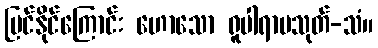
မြင်နိုင်ကြောင်း ဟောသော ရူပါရာမသုတ်-သံ။